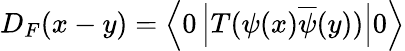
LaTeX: D_{F}(x-y)=\left\langle 0\left|T(\psi(x){\overline{{\psi}}}(y))\right|0\right\rangle